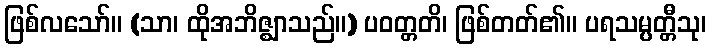
ဖြစ်လသော်။ (သာ၊ ထိုအဘိဇ္ဈာသည်။) ပဝတ္တတိ၊ ဖြစ်တတ်၏။ ပရသမ္ပတ္တီသု၊